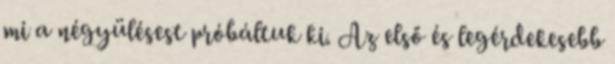
mi a négyülésest próbáltuk ki. Az első és legérdekesebb